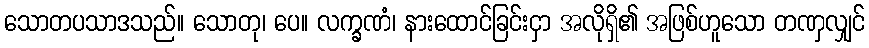
သောတပသာဒသည်။ သောတု၊ ပေ။ လက္ခဏံ၊ နားထောင်ခြင်းငှာ အလိုရှိ၏ အဖြစ်ဟူသော တဏှလျှင်